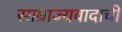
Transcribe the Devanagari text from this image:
साम्राज्यवादाची